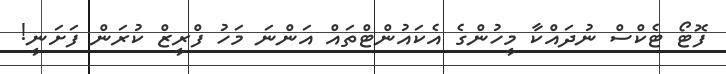
ފޮޓޯ ޓެކްސް ނުދައްކާ މީހުންގެ އެކައުންޓްތައް އަންނަ މަހު ފްރީޒް ކުރަން ފަށަނީ!